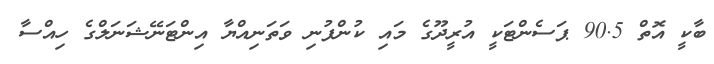
ބާކީ އޮތް 90.5 ޕަސެންޓަކީ އުރީދޫގެ މައި ކުންފުނި ވަތަނިއްޔާ އިންޓަނޭޝަނަލްގެ ހިއްސާ